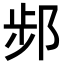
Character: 𨛒